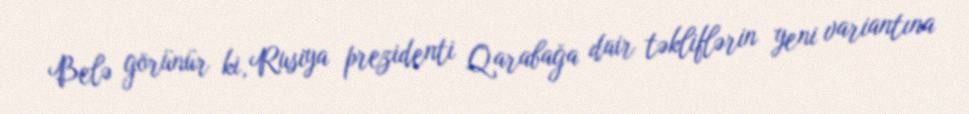
Belə görünür ki, Rusiya prezidenti Qarabağa dair təkliflərin yeni variantına